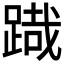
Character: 𮛯